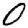
Digit: 0